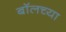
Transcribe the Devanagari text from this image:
बॉलच्या